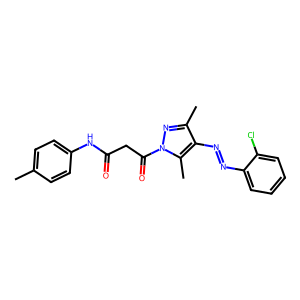
SMILES: Cc1ccc(NC(=O)CC(=O)n2nc(C)c(N=Nc3ccccc3Cl)c2C)cc1
Inhibits HIV replication: No